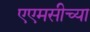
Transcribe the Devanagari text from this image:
एएमसीच्या